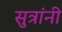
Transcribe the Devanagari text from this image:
सुत्रांनी